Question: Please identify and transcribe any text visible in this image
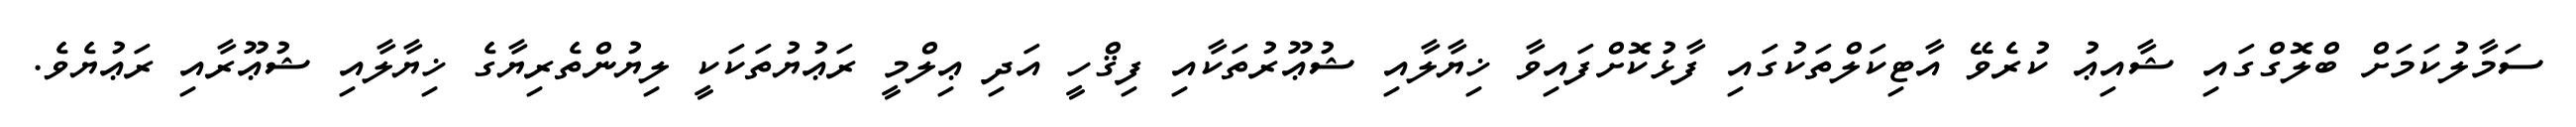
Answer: ސަމާލުކަމަށް ބްލޮގްގައި ޝާއިޢު ކުރެވޭ އާޓިކަލްތަކުގައި ފާޅުކޮށްފައިވާ ޚިޔާލާއި ޝުޢޫރުތަކާއި ފިޤްހީ އަދި ޢިލްމީ ރަޢުޔުތަކަކީ ލިޔުންތެރިޔާގެ ޚިޔާލާއި ޝުޢޫރާއި ރަޢުޔެވެ.